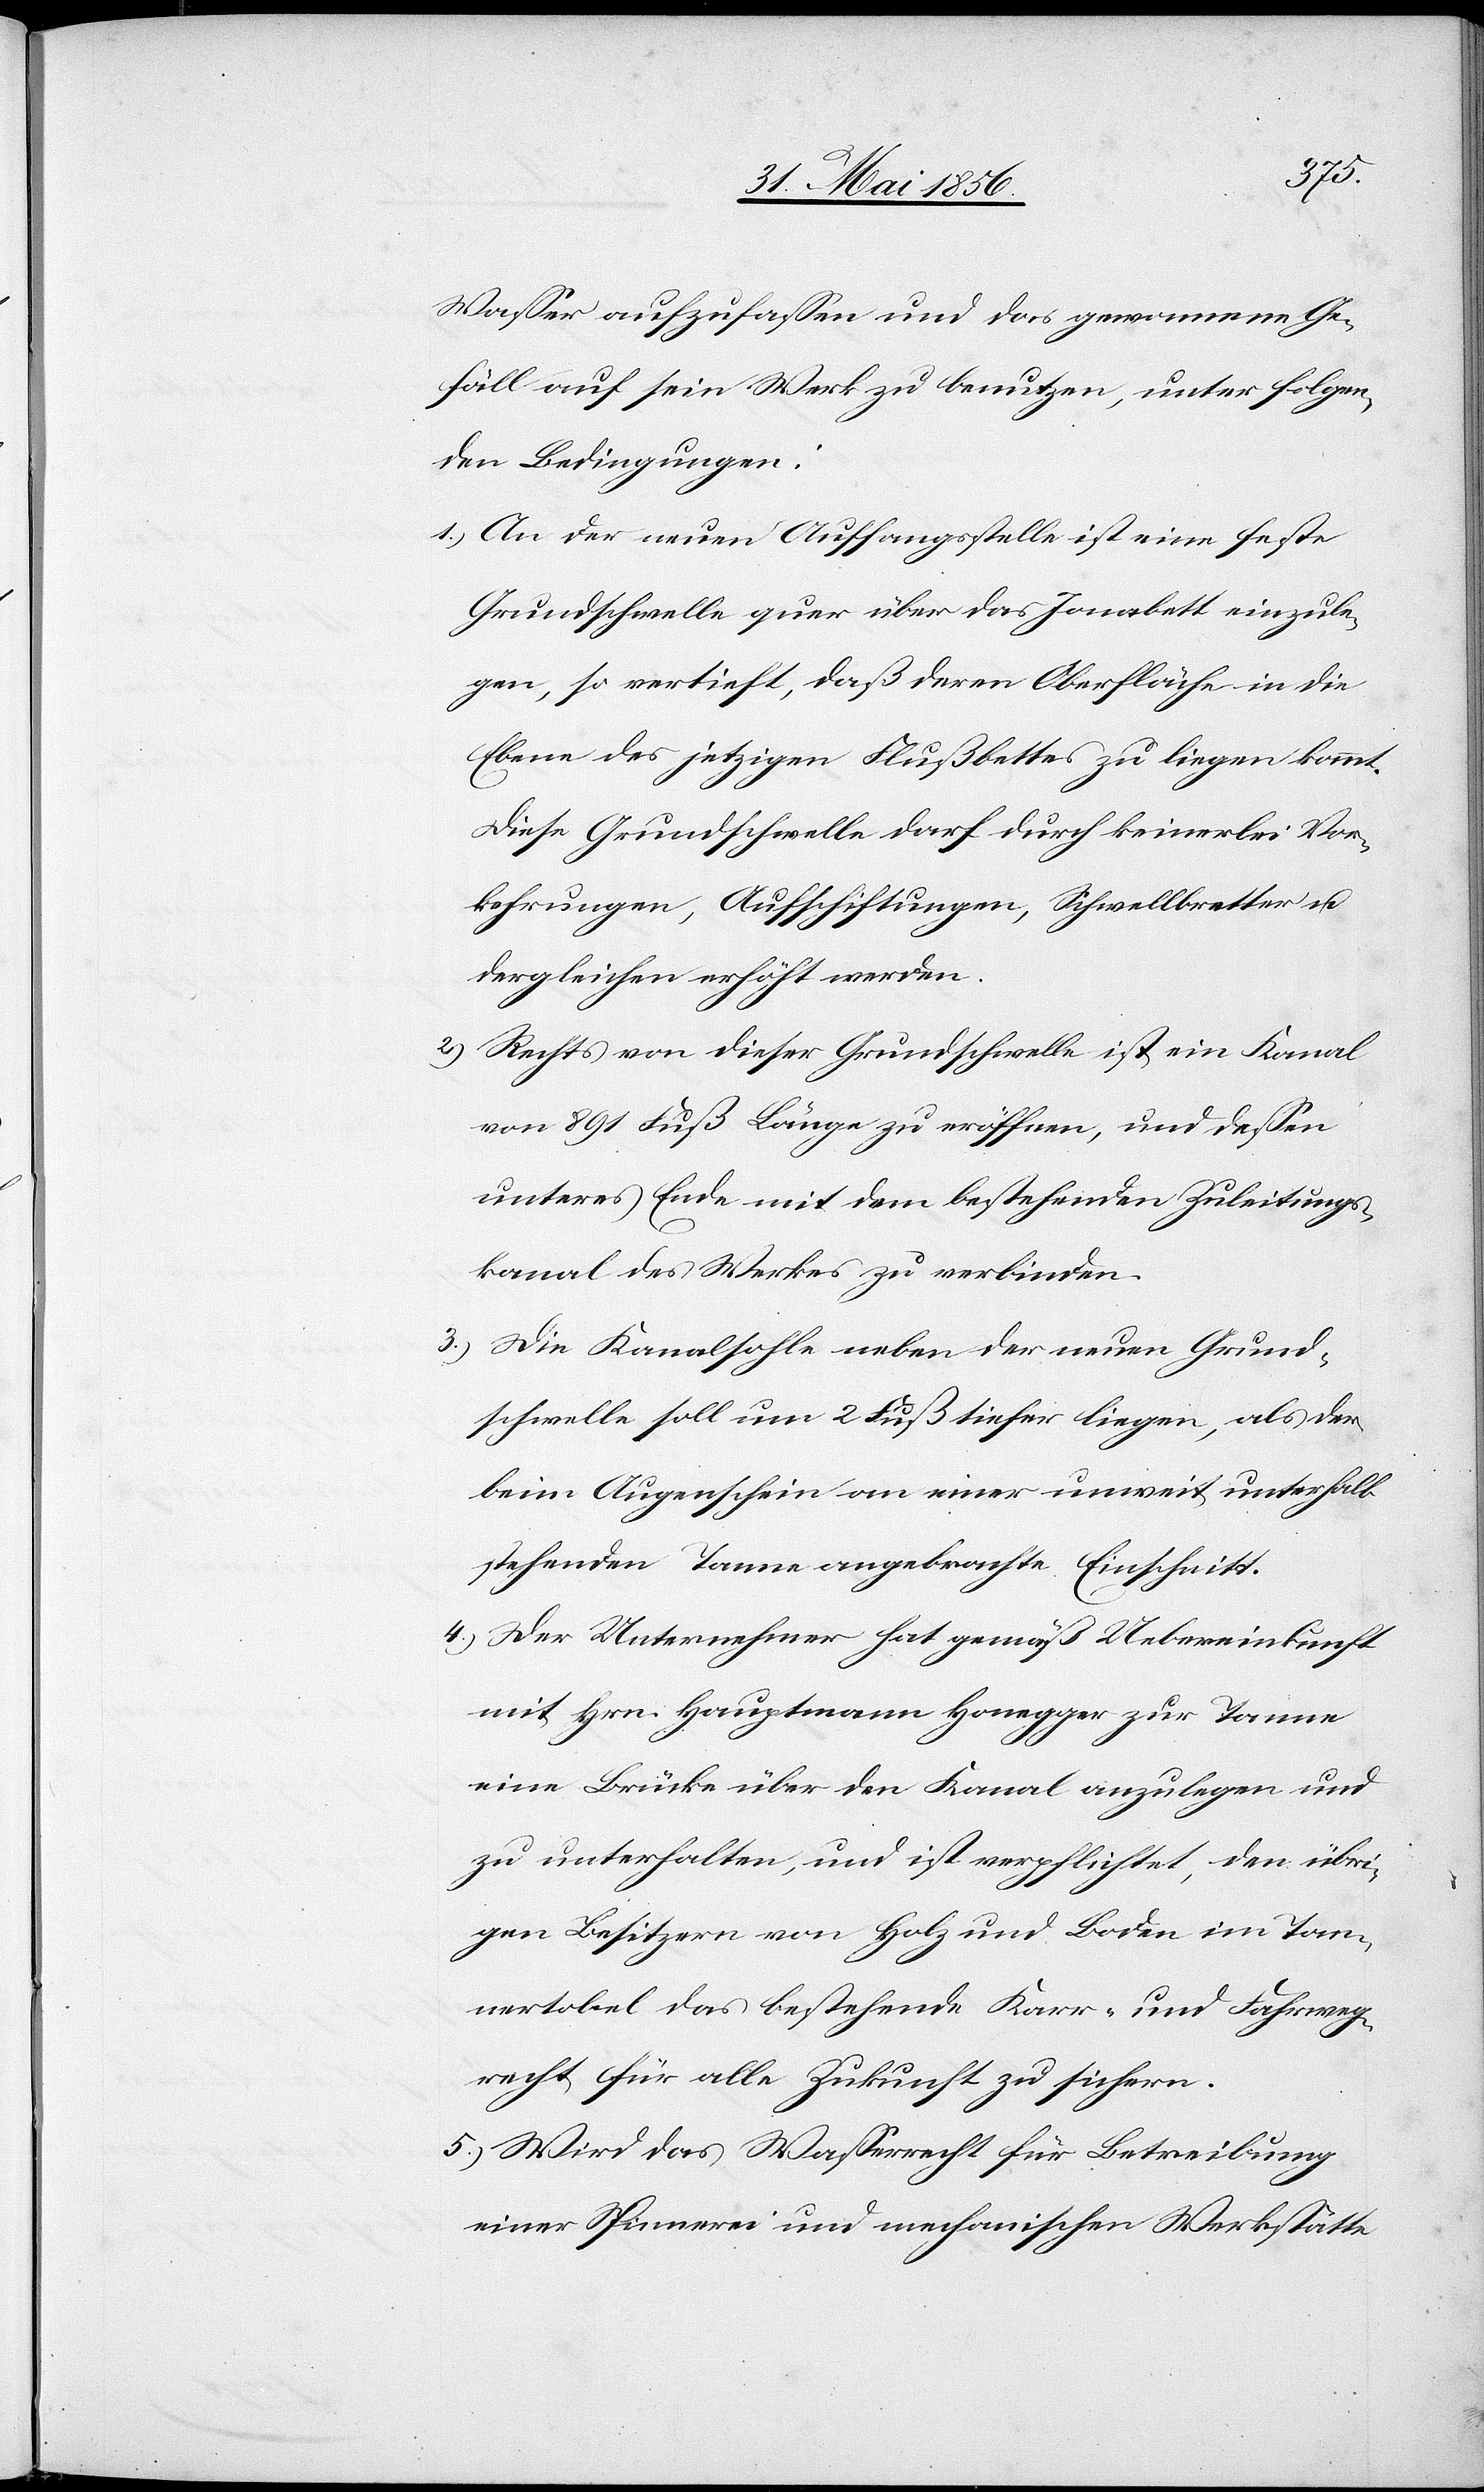
Wasser aufzufassen und das gewonnene Ge¬
fäll auf sein Werk zu benutzen, unter folgen¬
den Bedingungen:
1). An der neuen Auffangsstelle ist eine feste
Grundschwelle quer über das Jonabett einzule¬
gen, so vertieft, daß deren Oberfläche in die
Ebene des jetzigen Flußbettes zu liegen kommt.
Diese Grundschwelle darf durch keinerlei Vor¬
kehrungen, Aufschiftungen, Schwellbretter u.
dergleichen erhöht werden.
2.) Rechts von dieser Grundschwelle ist ein Kanal
von 891 Fuß Länge zu eröffnen, und dessen
unteres Ende mit dem bestehenden Zuleitungs¬
kanal des Werkes zu verbinden.
3.) Die Kanalsohle neben der neuen Grund¬
schwelle soll um 2 Fuß tiefer liegen, als der
beim Augenschein an einer unweit unterhalb
stehenden Tanne angebrachte Einschnitt.
4.) Der Unternehmer hat gemäß Uebereinkunft
mit Hrn. Hauptmann Honegger zur Tanne
eine Brücke über den Kanal anzulegen und
zu unterhalten, und ist verpflichtet, den übri¬
gen Besitzern von Holz und Boden im Tan¬
nertobel das bestehende Karr- und Fahrweg¬
recht für alle Zukunft zu sichern.
5.) Wird das Wasserrecht für Betreibung
einer Spinnerei und mechanischen Werkstätte